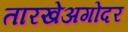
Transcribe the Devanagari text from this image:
तारखेअगोदर